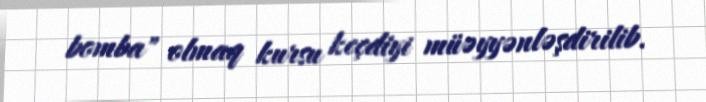
bomba" olmaq kursu keçdiyi müəyyənləşdirilib.